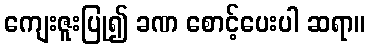
ကျေးဇူးပြု၍ ခဏ စောင့်ပေးပါ ဆရာ။